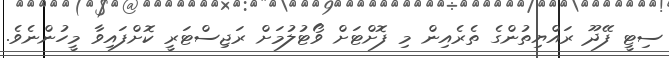
ސިޓީ ފޭދޫ ރައްޔިތުންގެ ތެރެއިން މި ފޮށްޓަށް ވޯޓުލުމަށް ރަޖިސްޓަރީ ކޮށްފައިވާ މީހުންނެވެ.